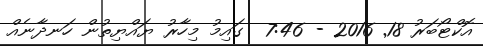
އޮކްޓޯބަރު 18